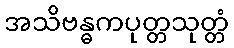
အသိဗန္ဓကပုတ္တသုတ္တံ